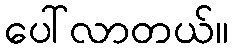
ပေါ်လာတယ်။